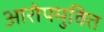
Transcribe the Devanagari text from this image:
आरोपमुक्ति